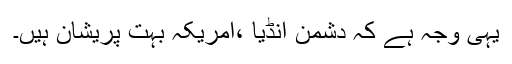
یہی وجہ ہے کہ دشمن انڈیا ،امریکہ بہت پریشان ہیں۔